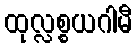
ထုလ္လစ္စယဂါမီ